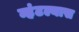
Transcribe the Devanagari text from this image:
म्हंटल्यास